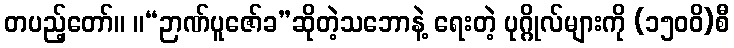
တပည့်တော်။ ။“ဉာဏ်ပူဇော်ခ”ဆိုတဲ့သဘောနဲ့ ရေးတဲ့ ပုဂ္ဂိုလ်များကို (၁၅၀၀ိ)စီ